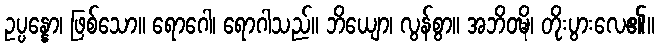
ဥပ္ပန္နော၊ ဖြစ်သော။ ရောဂေါ၊ ရောဂါသည်။ ဘိယျော၊ လွန်စွာ။ အဘိဝဍ္ဎိ၊ တိုးပွားလေ၏။